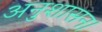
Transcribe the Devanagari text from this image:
अनुशासन।